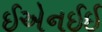
ઈએનઈઈ